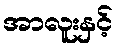
အာလူးနှင့်